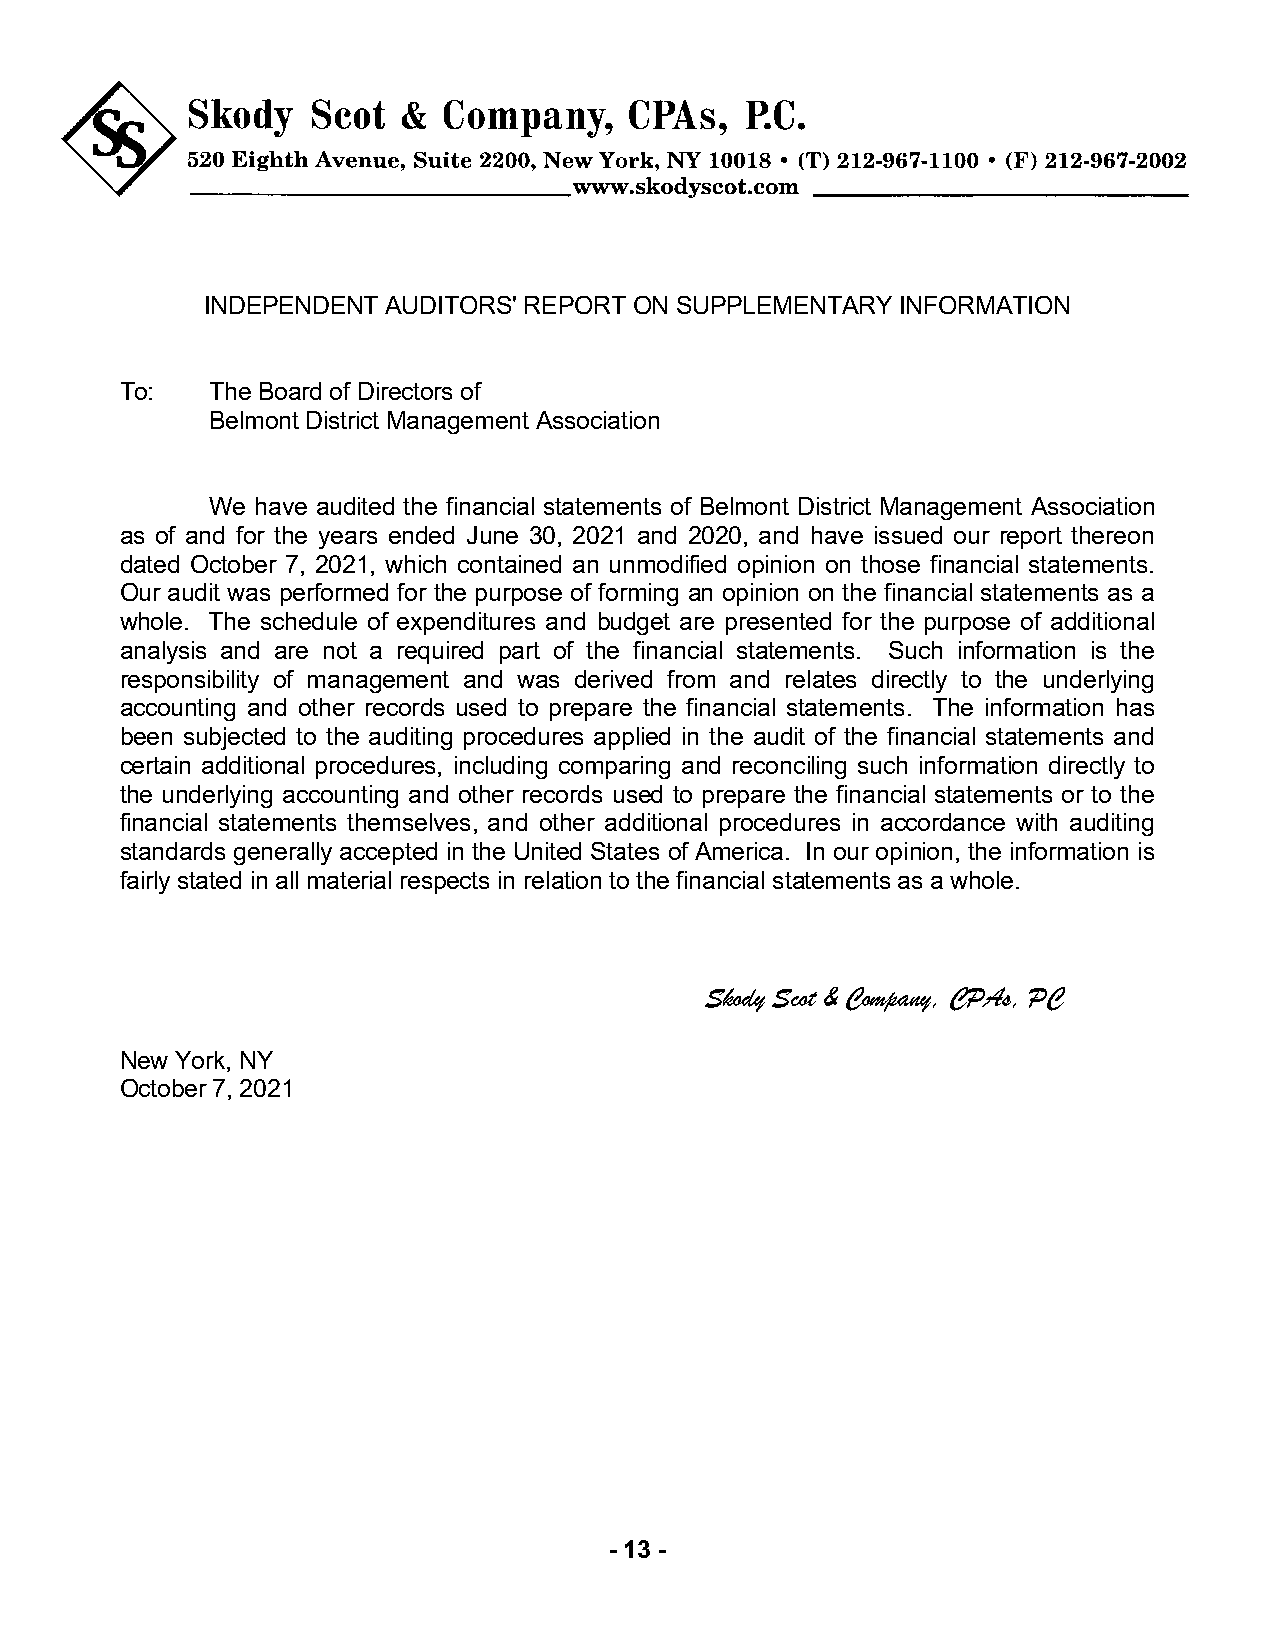
INDEPENDENT  AUDITORS' REPORT ON SUPPLEMENTARY INFORMATION
 To:   The Board of Directors of
 Belmont District Management Association
 We have audited the financial statements of Belmont District Management Association
 as of and for the years ended June 30, 2021 and 2020, and have issued our report thereon
 dated October 7, 2021, which contained an unmodified opinion on those financial statements.
 Our audit was performed for the purpose of forming an opinion on the financial statements as a
 whole. The schedule of expenditures and budget are presented for the purpose of additional
 analysis and are not a required part of the financial statements. Such information is the
 responsibility of management and was derived from and relates directly to the underlying
 accounting and other records used to prepare the financial statements. The information has
 been subjected to the auditing procedures applied in the audit of the financial statements and
 certain additional procedures, including comparing and reconciling such information directly to
 the underlying accounting and other records used to prepare the financial statements or to the
 financial statements themselves, and other additional procedures in accordance with auditing
 standards generally accepted in the United States of America. In our opinion, the information is
 fairly stated in all material respects in relation to the financial statements as a whole.
 Skody Scot & Company, CPAs, PC
 New York, NY
 October 7, 2021
 - 13 -